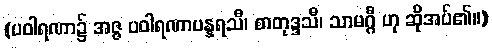
(ပဝါရဏာ၌ အဇ္ဇ ပဝါရဏာပန္နရသီ၊ စာတုဒ္ဒသီ၊ သာမဂ္ဂီ ဟု ဆိုအပ်၏။)